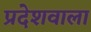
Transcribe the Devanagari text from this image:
प्रदेशवाला